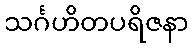
သင်္ဂဟိတပရိဇနာ